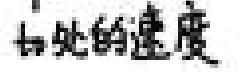
$t_0$处的速度